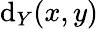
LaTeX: \mathrm{d}_{Y}(x,y)